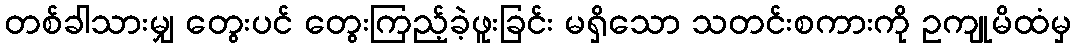
တစ်ခါသားမျှ တွေးပင် တွေးကြည့်ခဲ့ဖူးခြင်း မရှိသော သတင်းစကားကို ဥကျုမိထံမှ